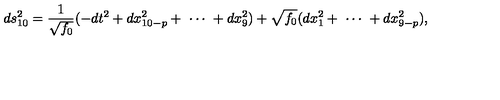
d s _ { 1 0 } ^ { 2 } = \frac { 1 } { \sqrt { f _ { 0 } } } ( - d t ^ { 2 } + d x _ { 1 0 - p } ^ { 2 } + \ \cdots \ + d x _ { 9 } ^ { 2 } ) + \sqrt { f _ { 0 } } ( d x _ { 1 } ^ { 2 } + \ \cdots \ + d x _ { 9 - p } ^ { 2 } ) ,